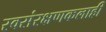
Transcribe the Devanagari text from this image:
स्वसंरक्षणकलाही